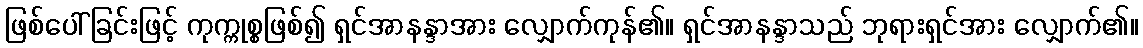
ဖြစ်ပေါ်ခြင်းဖြင့် ကုက္ကုစ္စဖြစ်၍ ရှင်အာနန္ဒာအား လျှောက်ကုန်၏။ ရှင်အာနန္ဒာသည် ဘုရားရှင်အား လျှောက်၏။